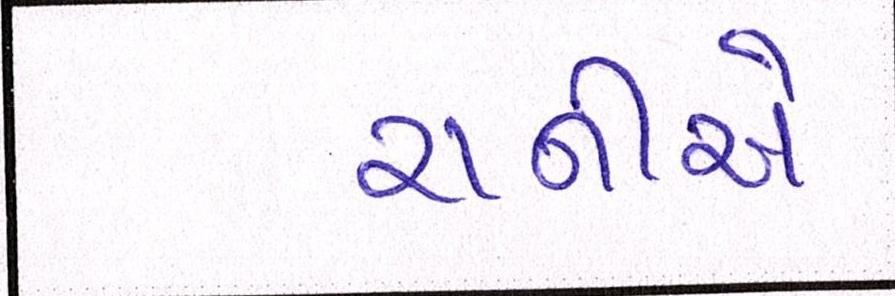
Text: રાનીએ